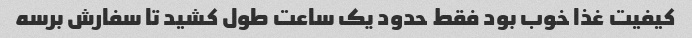
کیفیت غذا خوب بود فقط حدود یک ساعت طول کشید تا سفارش برسه